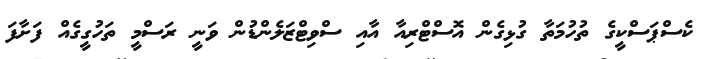
ކެސްޕަސްކީގެ ތުހުމަތާ ގުޅިގެން އޮސްޓްރިއާ އާއި ސްވިޓްޒަލެންޑުން ވަނީ ރަސްމީ ތަހުގީގެއް ފަށާފަ